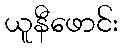
ယူနီဖောင်း